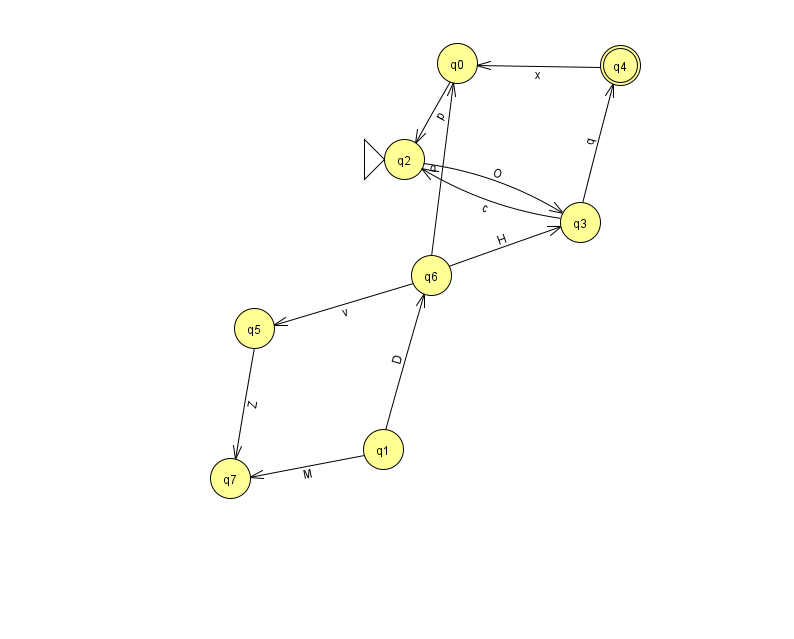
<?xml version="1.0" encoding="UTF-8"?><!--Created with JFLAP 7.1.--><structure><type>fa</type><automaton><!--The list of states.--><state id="0" name="q0"><x>457.0</x><y>50.0</y></state><state id="1" name="q1"><x>383.0</x><y>436.0</y></state><state id="2" name="q2"><x>404.0</x><y>146.0</y><initial/></state><state id="3" name="q3"><x>580.0</x><y>209.0</y></state><state id="4" name="q4"><x>620.0</x><y>52.0</y><final/></state><state id="5" name="q5"><x>254.0</x><y>315.0</y></state><state id="6" name="q6"><x>431.0</x><y>262.0</y></state><state id="7" name="q7"><x>230.0</x><y>465.0</y></state><!--The list of transitions.--><transition><from>3</from><to>2</to><read>c</read></transition><transition><from>3</from><to>4</to><read>q</read></transition><transition><from>6</from><to>3</to><read>H</read></transition><transition><from>1</from><to>6</to><read>D</read></transition><transition><from>0</from><to>2</to><read>p</read></transition><transition><from>6</from><to>5</to><read>v</read></transition><transition><from>1</from><to>7</to><read>M</read></transition><transition><from>6</from><to>0</to><read>P</read></transition><transition><from>2</from><to>3</to><read>O</read></transition><transition><from>5</from><to>7</to><read>Z</read></transition><transition><from>4</from><to>0</to><read>x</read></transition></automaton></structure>